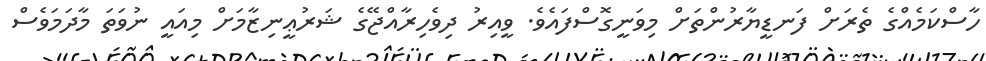
ހާސްކަމެއްގެ ތެރަށް ފަނޑީޔާރުންތަށް މިވަނީގޮސްފައެވެ. ވީއިރު ދިވެހިރާއްޖޭގެ ޝަރުޢީނިޒާމަށް މިއައީ ނުވަތަ މާދަމަވެސް